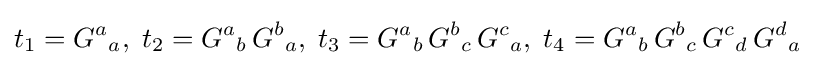
t_{1}=G^{a}{}_{a},\;t_{2}=G^{a}{}_{b}\,G^{b}{}_{a},\;t_{3}=G^{a}{}_{b}\,G^{b}{}_{c}\,G^{c}{}_{a},\;t_{4}=G^{a}{}_{b}\,G^{b}{}_{c}\,G^{c}{}_{d}\,G^{d}{}_{a}